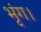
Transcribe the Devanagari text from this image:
भृंग।